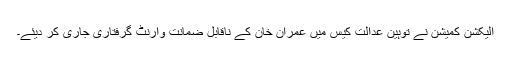
الیکشن کمیشن نے توہین عدالت کیس میں عمران خان کے ناقابل ضمانت وارنٹ گرفتاری جاری کر دیئے۔